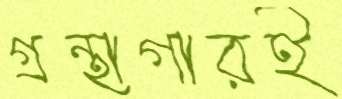
গ্রন্থাগারই